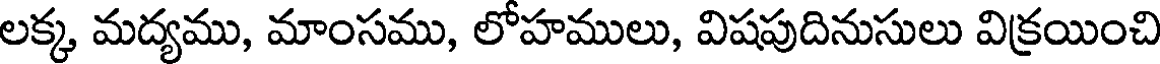
లక్క, మద్యము, మాంసము, లోహములు, విషపుదినుసులు విక్రయించి